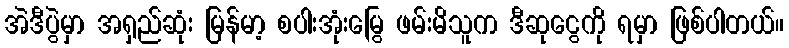
အဲဒီပွဲမှာ အရှည်ဆုံး မြန်မာ့ စပါးအုံးမြွေ ဖမ်းမိသူက ဒီဆုငွေကို ရမှာ ဖြစ်ပါတယ်။